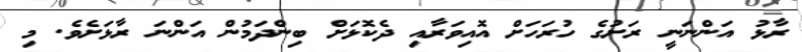
ރާޅު އަންނަނީ ރަށުގެ ހުރަހަށް އޮއިވަރާއި ދެކޮޅަށް ބިންދަމުން އަންނަ ރާޅަށެވެ. މި